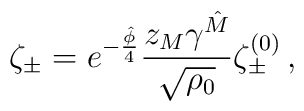
\zeta_{\pm}=e^{-\frac{\hat{\phi}}{4}}\frac{z_{M}\gamma^{\hat{M}}}	{\sqrt{\rho_0}} \zeta^{(0)}_{\pm} \, ,